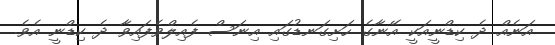
އަނެއް ދެ ކިޑްނީއަކީ އޭނާގެ ހަށިގަނޑުގައި އިނަސް ފެއިލްވެފައިވާ ދެ ކިޑްނީ އެެވެ.